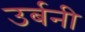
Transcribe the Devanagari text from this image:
उर्बनी